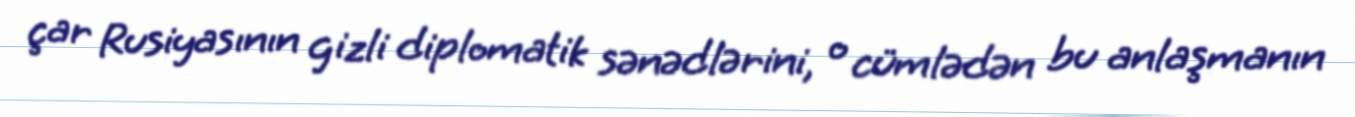
çar Rusiyasının gizli diplomatik sənədlərini, o cümlədən bu anlaşmanın